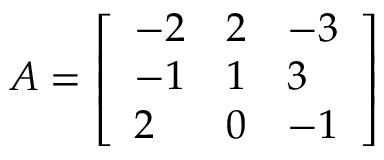
A = { \left[ \begin{array} { l l l } { - 2 } & { 2 } & { - 3 } \\ { - 1 } & { 1 } & { 3 } \\ { 2 } & { 0 } & { - 1 } \end{array} \right] }